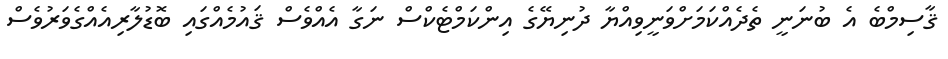
ޤާސިމްބެ އެ ބުނަނީ ތެދެއްކަމަށްވަނީވިއްޔާ ދުނިޔޭގެ އިންކަމްޓެކްސް ނަގާ އެއްވެސް ޤައުމެއްގައި ބޮޑުލާރިއެއްގެވަރުވެސް